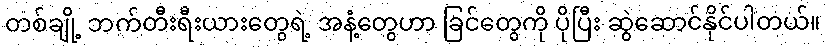
တစ်ချို့ ဘက်တီးရီးယားတွေရဲ့ အနံ့တွေဟာ ခြင်တွေကို ပိုပြီး ဆွဲဆောင်နိုင်ပါတယ်။